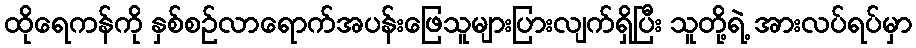
ထိုရေကန်ကို နှစ်စဉ်လာရောက်အပန်းဖြေသူများပြားလျက်ရှိပြီး သူတို့ရဲ့ အားလပ်ရပ်မှာ